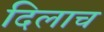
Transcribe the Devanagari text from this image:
दिलाच